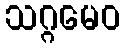
သဂ္ဂမေဝ